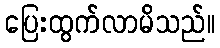
ပြေးထွက်လာမိသည်။